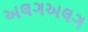
અલગઅલગ